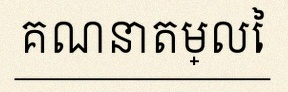
គណនាតម្លៃ